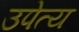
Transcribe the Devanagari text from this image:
उपेत्य